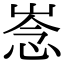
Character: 𢚏